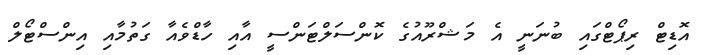
އޮޑިޓް ރިޕޯޓްގައި ބުނަނީ އެ މަޝްރޫއުގެ ކޮންސަލްޓަންސީ އާއި ހާޑްވެއާ ގަތުމާއި އިންސްޓޯލް